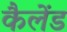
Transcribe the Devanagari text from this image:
कैलेंड